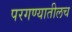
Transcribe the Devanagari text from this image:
परगण्यातीलच